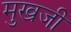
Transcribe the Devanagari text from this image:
मुखजी